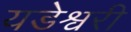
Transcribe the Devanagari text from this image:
यडेश्वरी